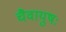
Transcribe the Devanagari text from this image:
चैवायुषः